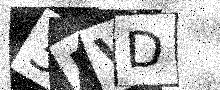
Text: 3FVD